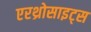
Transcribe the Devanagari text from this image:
एरथ्रोसाइट्स